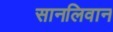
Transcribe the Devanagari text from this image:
सानलिवान